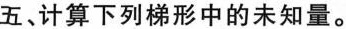
五、计算下列梯形中的未知量。